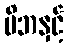
မိဘနှင့်